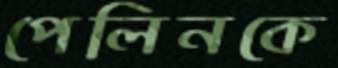
পেলিনকে